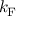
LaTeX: k _ { \mathrm { F } }